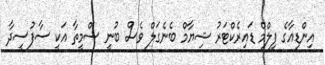
އިންޑިއާގެ ފިލްމް ޑައިރެކްޓަރު ޝިޔާމް ބެނެގަލް ވެސް ބުނީ ސްމީތާ އަކީ ސާފުސީދާ